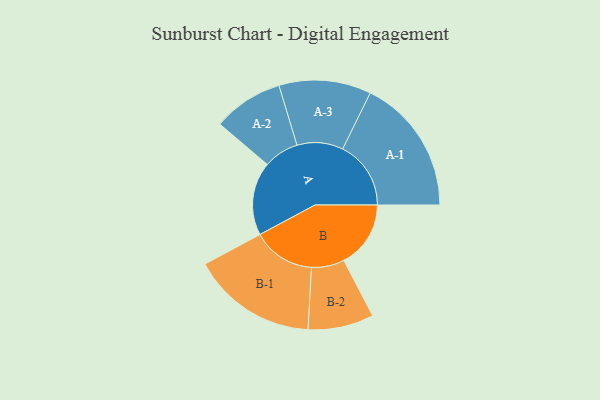
{"axis": {"x": "Segment", "y": "Value"}, "legend": ["", "A", "B"], "data": [{"x": "A", "y": 317, "type": ""}, {"x": "B", "y": 289, "type": ""}, {"x": "A-1", "y": 295, "type": "A"}, {"x": "A-2", "y": 152, "type": "A"}, {"x": "A-3", "y": 199, "type": "A"}, {"x": "B-1", "y": 271, "type": "B"}, {"x": "B-2", "y": 142, "type": "B"}]}